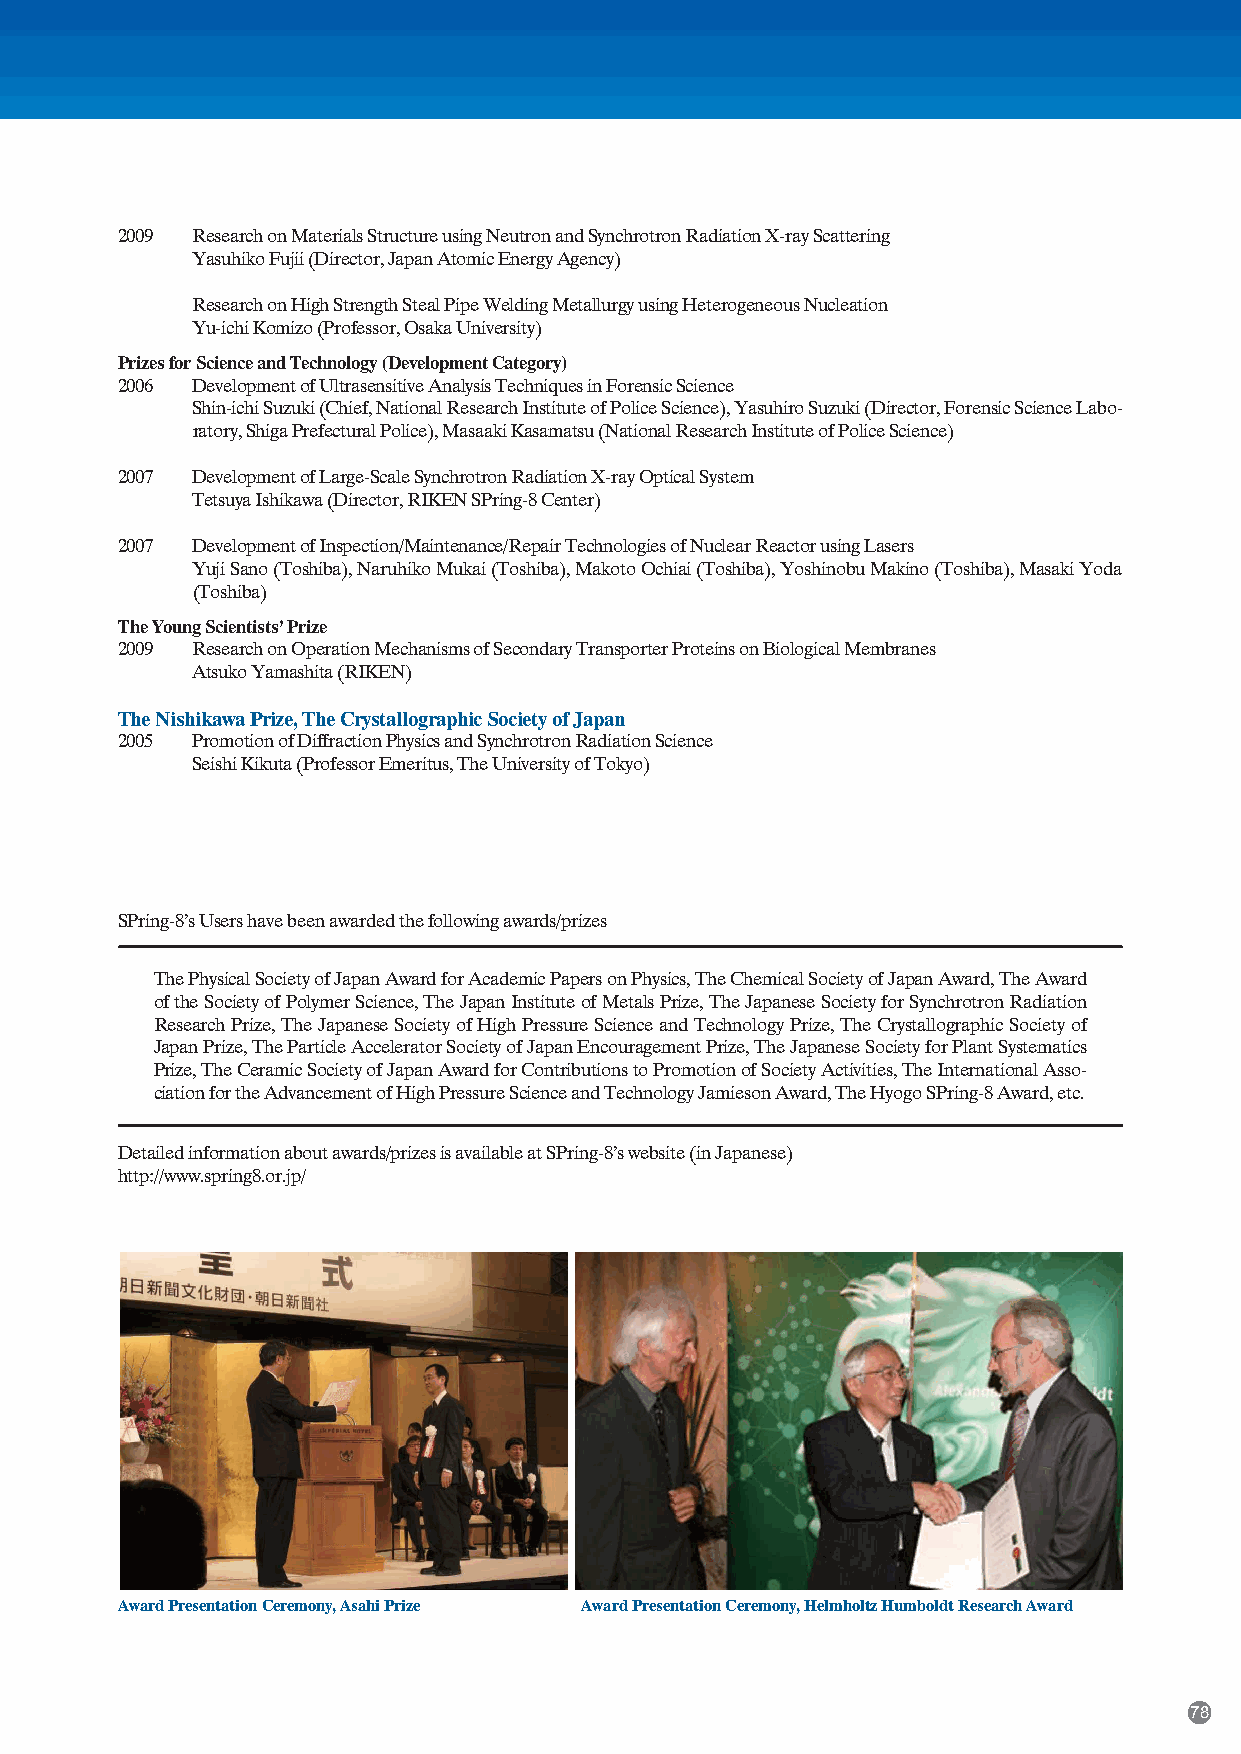
2009 Research on Materials Structure using Neutron and Synchrotron Radiation X-ray Scattering
 Yasuhiko Fujii (Director, Japan Atomic Energy Agency)
 Research on High Strength Steal Pipe Welding Metallurgy using Heterogeneous Nucleation
 Yu-ichi Komizo (Professor, Osaka University)
 Prizes for Science and Technology (Development Category)
 2006 Development of Ultrasensitive Analysis Techniques in Forensic Science
 Shin-ichi Suzuki (Chief, National Research Institute of Police Science), Yasuhiro Suzuki (Director, Forensic Science Labo-
 ratory, Shiga Prefectural Police), Masaaki Kasamatsu (National Research Institute of Police Science)
 2007 Development of Large-Scale Synchrotron Radiation X-ray Optical System
 Tetsuya Ishikawa (Director, RIKEN SPring-8 Center)
 2007 Development of Inspection/Maintenance/Repair Technologies of Nuclear Reactor using Lasers
 Yuji Sano (Toshiba), Naruhiko Mukai (Toshiba), Makoto Ochiai (Toshiba), Yoshinobu Makino (Toshiba), Masaki Yoda
 (Toshiba)
 The Young Scientists’ Prize
 2009 Research on Operation Mechanisms of Secondary Transporter Proteins on Biological Membranes
 Atsuko Yamashita (RIKEN)
 The Nishikawa Prize, The Crystallographic Society of Japan
 2005 Promotion of Diffraction Physics and Synchrotron Radiation Science
 Seishi Kikuta (Professor Emeritus, The University of Tokyo)
 SPring-8’s Users have been awarded the following awards/prizes
 The Physical Society of Japan Award for Academic Papers on Physics, The Chemical Society of Japan Award, The Award
 of the Society of Polymer Science, The Japan Institute of Metals Prize, The Japanese Society for Synchrotron Radiation
 Research Prize, The Japanese Society of High Pressure Science and Technology Prize, The Crystallographic Society of
 Japan Prize, The Particle Accelerator Society of Japan Encouragement Prize, The Japanese Society for Plant Systematics
 Prize, The Ceramic Society of Japan Award for Contributions to Promotion of Society Activities, The International Asso-
 ciation for the Advancement of High Pressure Science and Technology Jamieson Award, The Hyogo SPring-8 Award, etc.
 Detailed information about awards/prizes is available at SPring-8’s website (in Japanese)
 http://www.spring8.or.jp/
 Award Presentation Ceremony, Asahi Prize Award Presentation Ceremony, Helmholtz Humboldt Research Award
 78